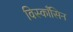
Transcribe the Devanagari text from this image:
विस्काँसिन